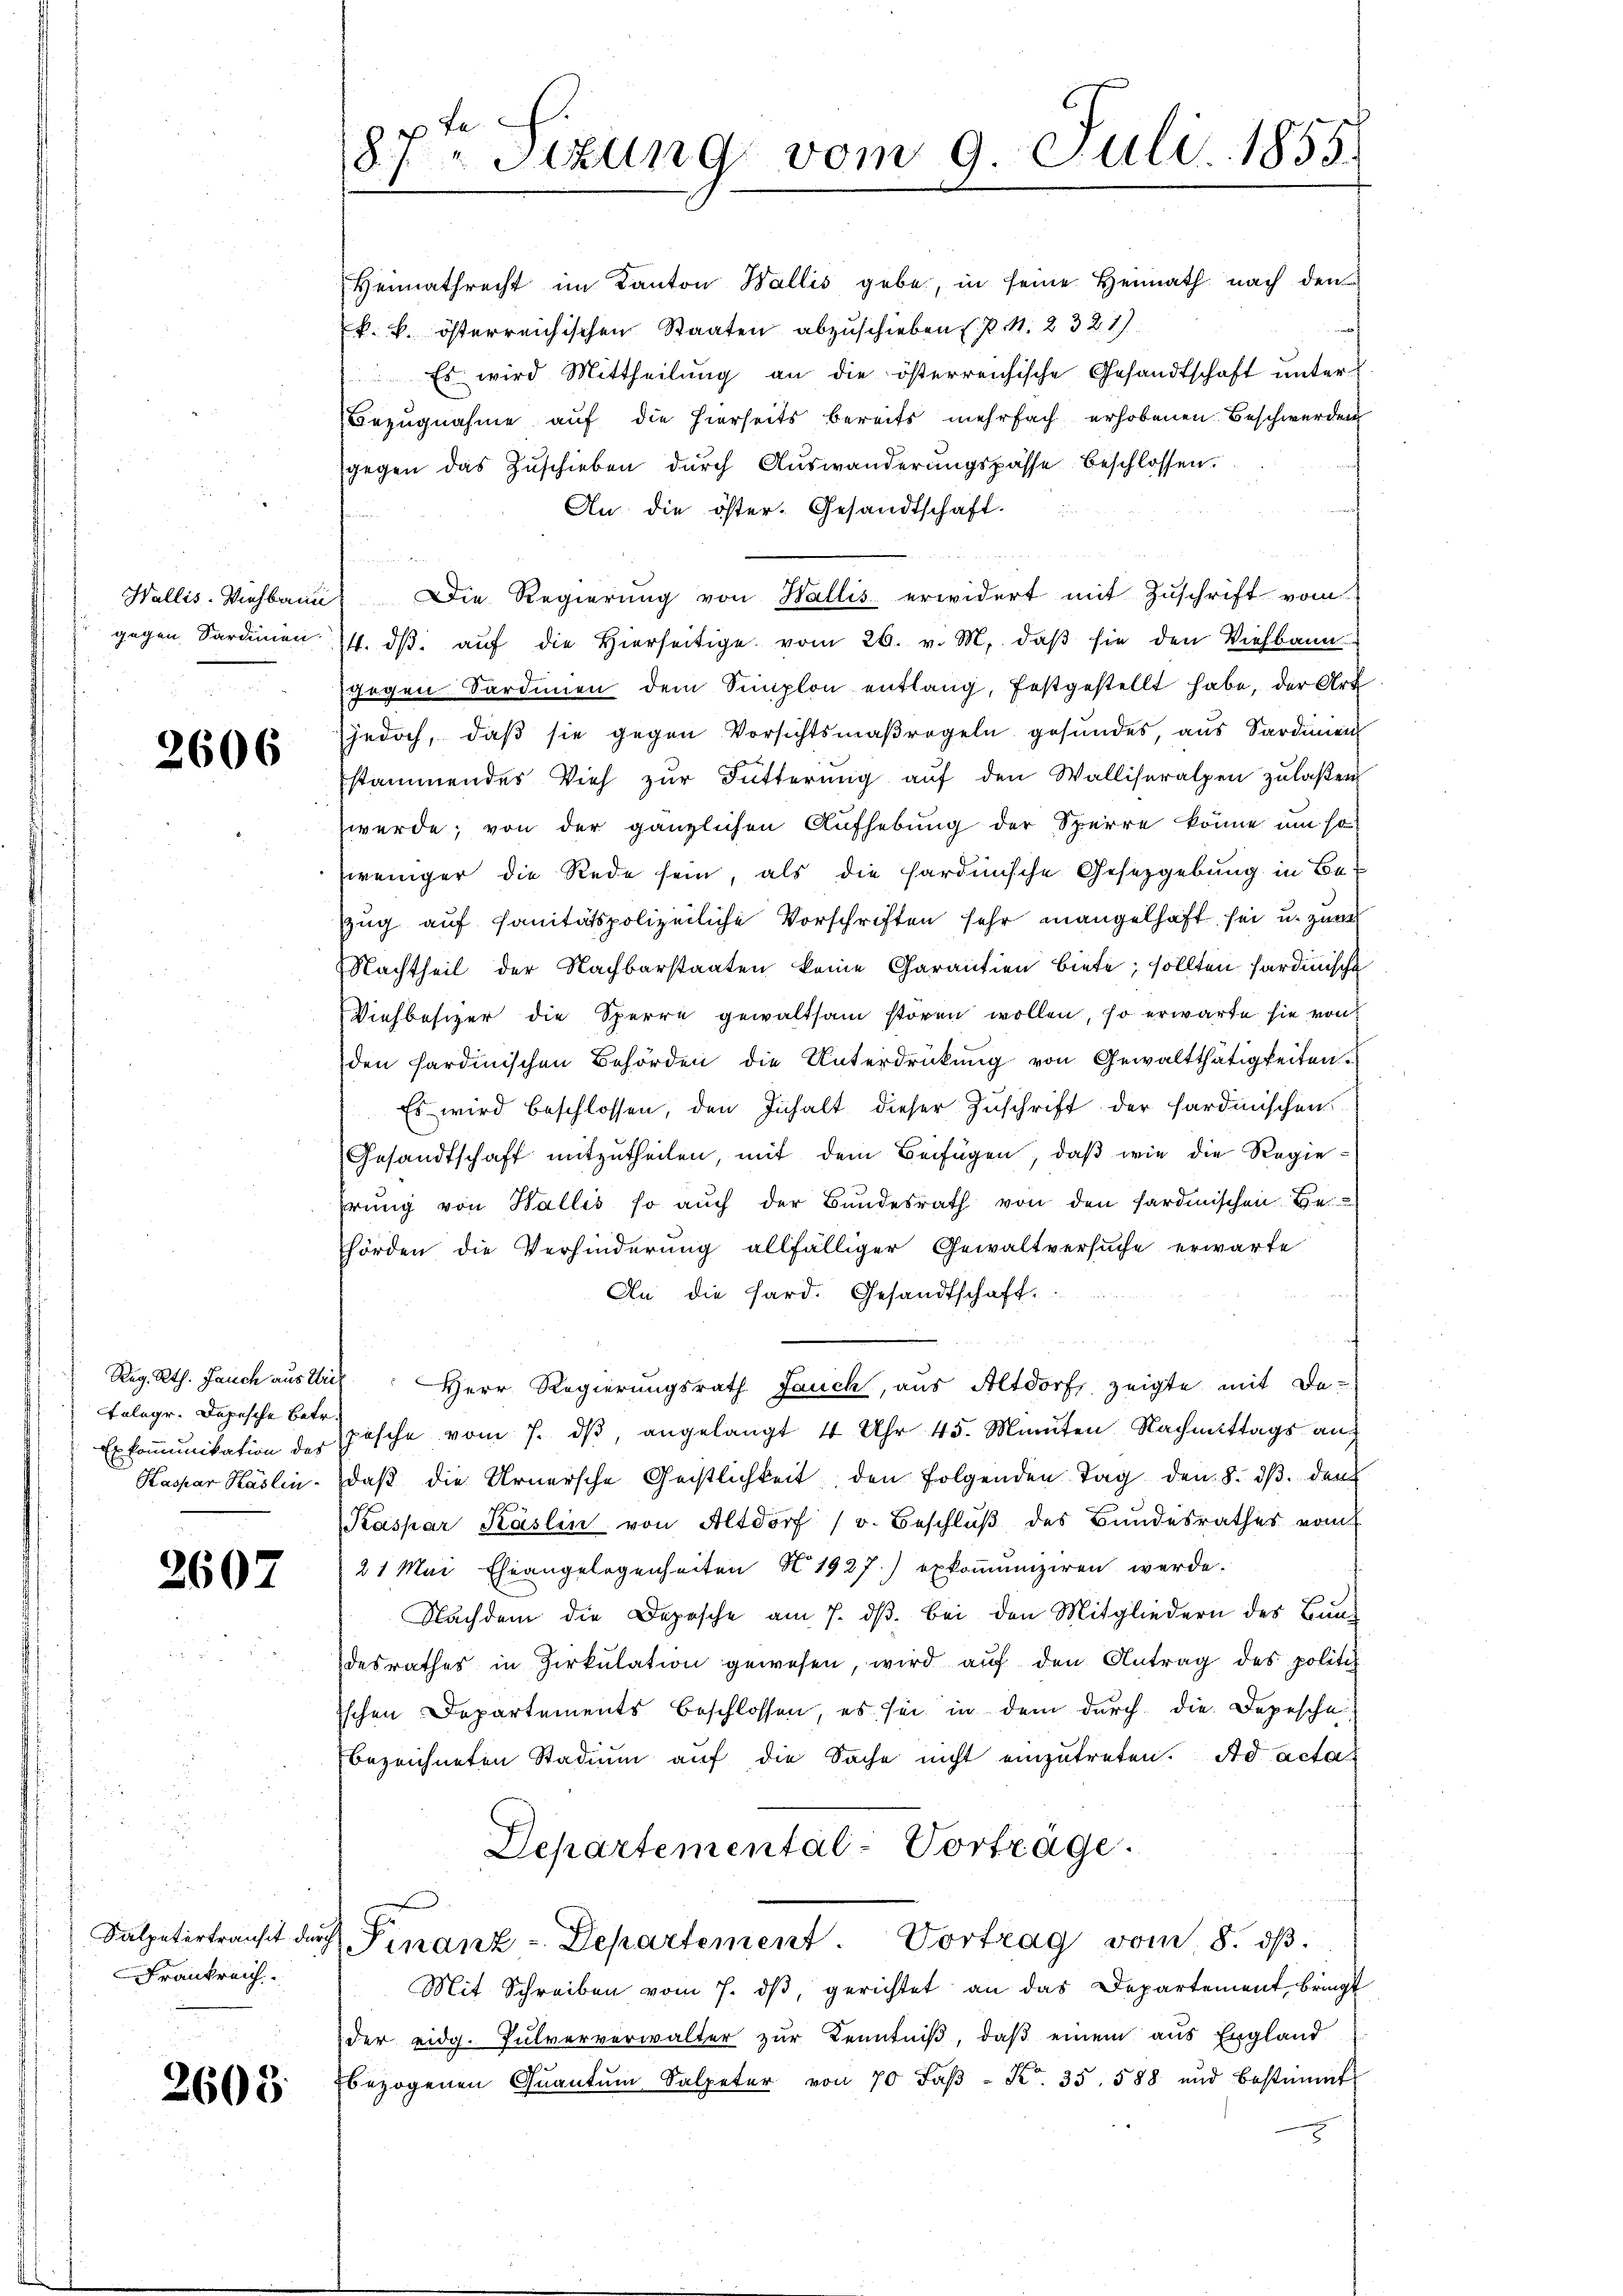
2606

Reg. Rth. Jauch aus Wich
Telege. Depesche Betr.

2607

Frankreich

2608.

k. k. österreichischen Staaten abzuschieben (s. S. 2321)
 Es wird Mittheilŭng an die österreichische Gesandtschaft ŭnter
Bezugnahme auf die hierseits bereits mehrfach erhobenen Beschwerden
gegen das Zuschieben durch Auswanderungspasse beschlossen.
An die öster- Gesandtschaft.
Wallis-Viehbarn. Die Regierŭng von Wallis erwidert mit Zŭschrift vom
gegen Sardinen 4. dβ aŭf die hierseitige vom 26. v. M. daβ sie den Viehbann
gogen Sardinien dem Simplon entlang, festgestellt habe, der Art
jedoch, daß sie gegen Vorsichtsmaßregeln gesundes aus Sardinien
stammendes Vieh zŭr Fütterŭng aŭf den Walliseralpen zulaßen
werde; von der gänzlichen Aufhebung der Sperre könne um so
weniger die Rede sein, als die hardinische Gesetzgebung in Bezug auf sanitätspolizeiliche Vorschriften sehr mangelhaft sei u. zum
Nachtheil der Nachbarstaaten keine Garantien biete; sollten Sardinische
Viehbesizer die Sperre gewaltsam stören wollen, so erwarte sie von
den sardinischen Behörden die Unterdrückung von Gewaltthätigkeiten
Es wird beschlossen, den Inhalt dieser Zuschrift der sardinischen
Gesandtschaft mitzŭtheilen, mit dem Beifügen, daß wie die Regiehrung von Wallis so auch der Bundesrath von den sardinischen Be
hörden die Verhinderung allfälliger Gewaltversŭche erwarte
An die Hard. Gesandtschaft.
Herr Regierungsrath Jauch, aus Altdorf, zeigte mit Da-
Exkomunikation der Pasche vom 7. dβ, angelangt 4 Uhr 45. Minuten Nachmittags auf
Kaspar Käslin, daß die Urnersche Geistlichkeit den folgenden Tag den 8. ds. den
Kaspar Käslin von Altdorf (v. Beschlŭβ des Bŭndesrathes vom
21 Mai Eheangelegenheiten § 1927.) exkomuniziren werde.
Nachdem die Depesche am 7. dβ bei den Mitgliedern des Bundesrathes in Zirkŭlation gewesen, wird aŭf den Antrag des politi
ischen Departements beschlossen, es sei in dem durch die Depesche
bezeichneten Stadium auf die Sache nicht einzutreten. Ad acta
Departemental-Vorträge.
Salpetertranst durch Finanz-Departement. Vortrag vom 8. dβ.
Mit Schreiben vom 7. dβ, gerichtet an das Departement bringt
der eidg. Pulververwalter zŭr Kenntniβ, daβ einem aus England
bezogenen Qŭantŭm Salpeter von 70 Faβ- Kr. 35. 588 und bestimmt

te
87 Sizung vom 9. Juli 1855.

Heimathrecht im Kanton Wallis gebe, in seine Heimath nach den